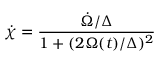
\dot { \chi } = \frac { \dot { \Omega } / \Delta } { 1 + ( 2 \Omega ( t ) / \Delta ) ^ { 2 } }